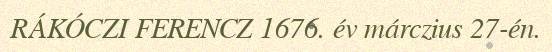
RÁKÓCZI FERENCZ 1676. év márczius 27-én.